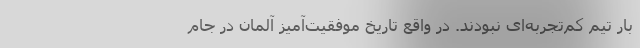
بار تیم کم‌تجربه‌ای نبودند. در واقع تاریخ موفقیت‌آمیز آلمان در جام